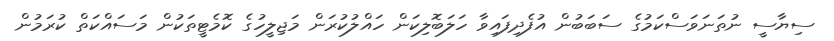
ސިޔާސީ ނުތަނަވަސްކަމުގެ ސަބަބުން އުފެދިފައިވާ ހަލަބޮލިކަން ހައްލުކުރަން މަޖިލީހުގެ ކޮމެޓީތަކުން މަސައްކަތް ކުރަމުން